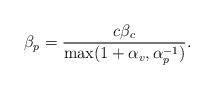
LaTeX: \begin{align*} \beta_p = \frac{c\beta_c}{\max(1+\alpha_v,\alpha_p^{-1})}. \end{align*}